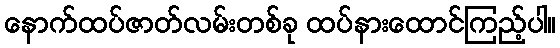
နောက်ထပ်ဇာတ်လမ်းတစ်ခု ထပ်နားထောင်ကြည့်ပါ။